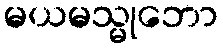
မယမသ္မုဘော